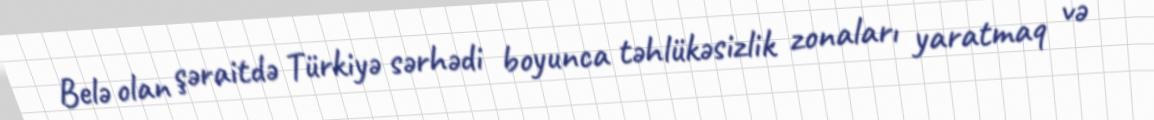
Belə olan şəraitdə Türkiyə sərhədi boyunca təhlükəsizlik zonaları yaratmaq və